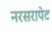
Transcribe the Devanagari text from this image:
नरसरापेट